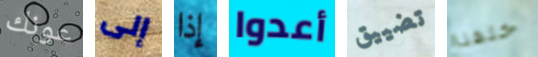
عونك إلى إذا أعدوا تضييق خلفنا